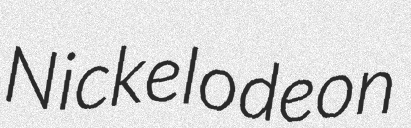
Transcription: Nickelodeon